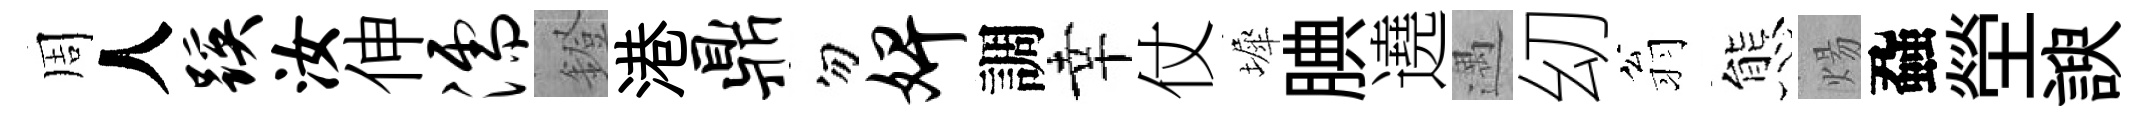
周人蹊汝伸濡鐙港鼎勿婢調幸仗墀腆遶遇㓜翁態煬蝨塋諛